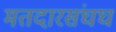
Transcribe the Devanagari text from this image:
मतदारसंघघ